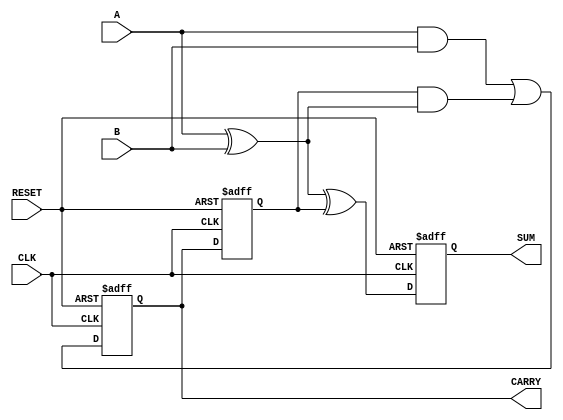
module Sequential_Half_Adder (
    input wire A,        // First operand
    input wire B,        // Second operand
    input wire CLK,      // Clock signal
    input wire RESET,    // Reset signal
    output reg SUM,      // Sum output
    output reg CARRY     // Carry output
);

    // Internal state variable to hold the carry from the previous addition
    reg previous_carry;

    // Always block for synchronous logic
    always @(posedge CLK or posedge RESET) begin
        if (RESET) begin
            // Reset state
            SUM <= 0;
            CARRY <= 0;
            previous_carry <= 0;
        end else begin
            // Calculate the sum and carry
            SUM <= A ^ B ^ previous_carry; // SUM = A XOR B XOR previous_carry
            CARRY <= (A & B) | (previous_carry & (A ^ B)); // CARRY = (A AND B) OR (previous_carry AND (A XOR B))
            previous_carry <= CARRY; // Update previous_carry for the next clock cycle
        end
    end

endmodule